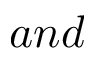
a n d